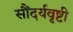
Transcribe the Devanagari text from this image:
सौंदर्यवृष्टी